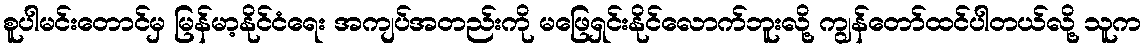
စူပါမင်းတောင်မှ မြန်မာ့နိုင်ငံရေး အကျပ်အတည်းကို မဖြေရှင်းနိုင်လောက်ဘူးလို့ ကျွန်တော်ထင်ပါတယ်လို့ သူက